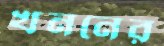
খননের